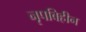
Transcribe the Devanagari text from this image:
नृपविहीन